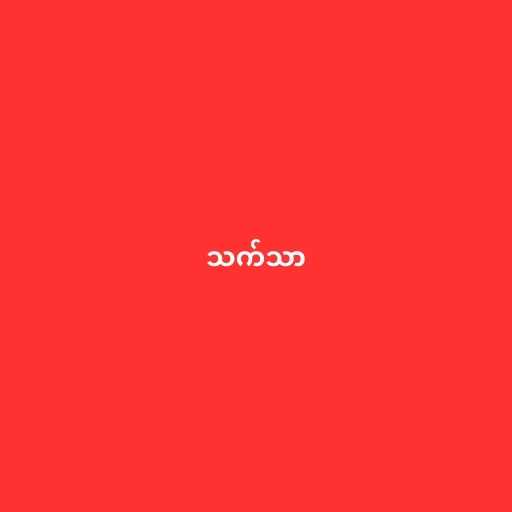
သက်သာ